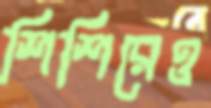
শিশিরেও